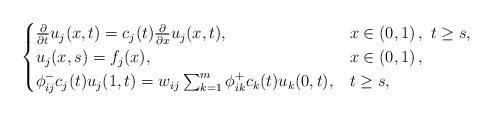
LaTeX: \begin{align*}\begin{cases}\frac{\partial}{\partial t}u_j(x,t)=c_j(t)\frac{\partial}{\partial x}u_j(x,t),&x\in\left(0,1\right),\ t\geq s,\\u_j(x,s)= f_j(x),&x\in\left(0,1\right),\\ \phi^-_{ij}c_j(t)u_j(1,t)= w_{ij}\sum_{k=1}^m{\phi^+_{ik}c_k(t)u_k(0,t)},&t\geq s,\end{cases}\end{align*}